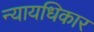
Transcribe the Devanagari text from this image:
न्यायधिकार